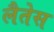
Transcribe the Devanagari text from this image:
लैतेस